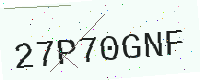
Text: 27P70GNF